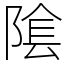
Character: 隂